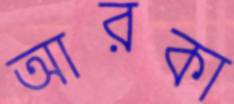
আরকা